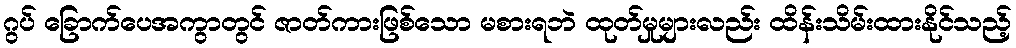
ဂွပ် ခြောက်ပေအကွာတွင် ဇာတ်ကားဖြစ်သော မစားရဘဲ ထုတ်မှုများလည်း ထိန်းသိမ်းထားနိုင်သည့်